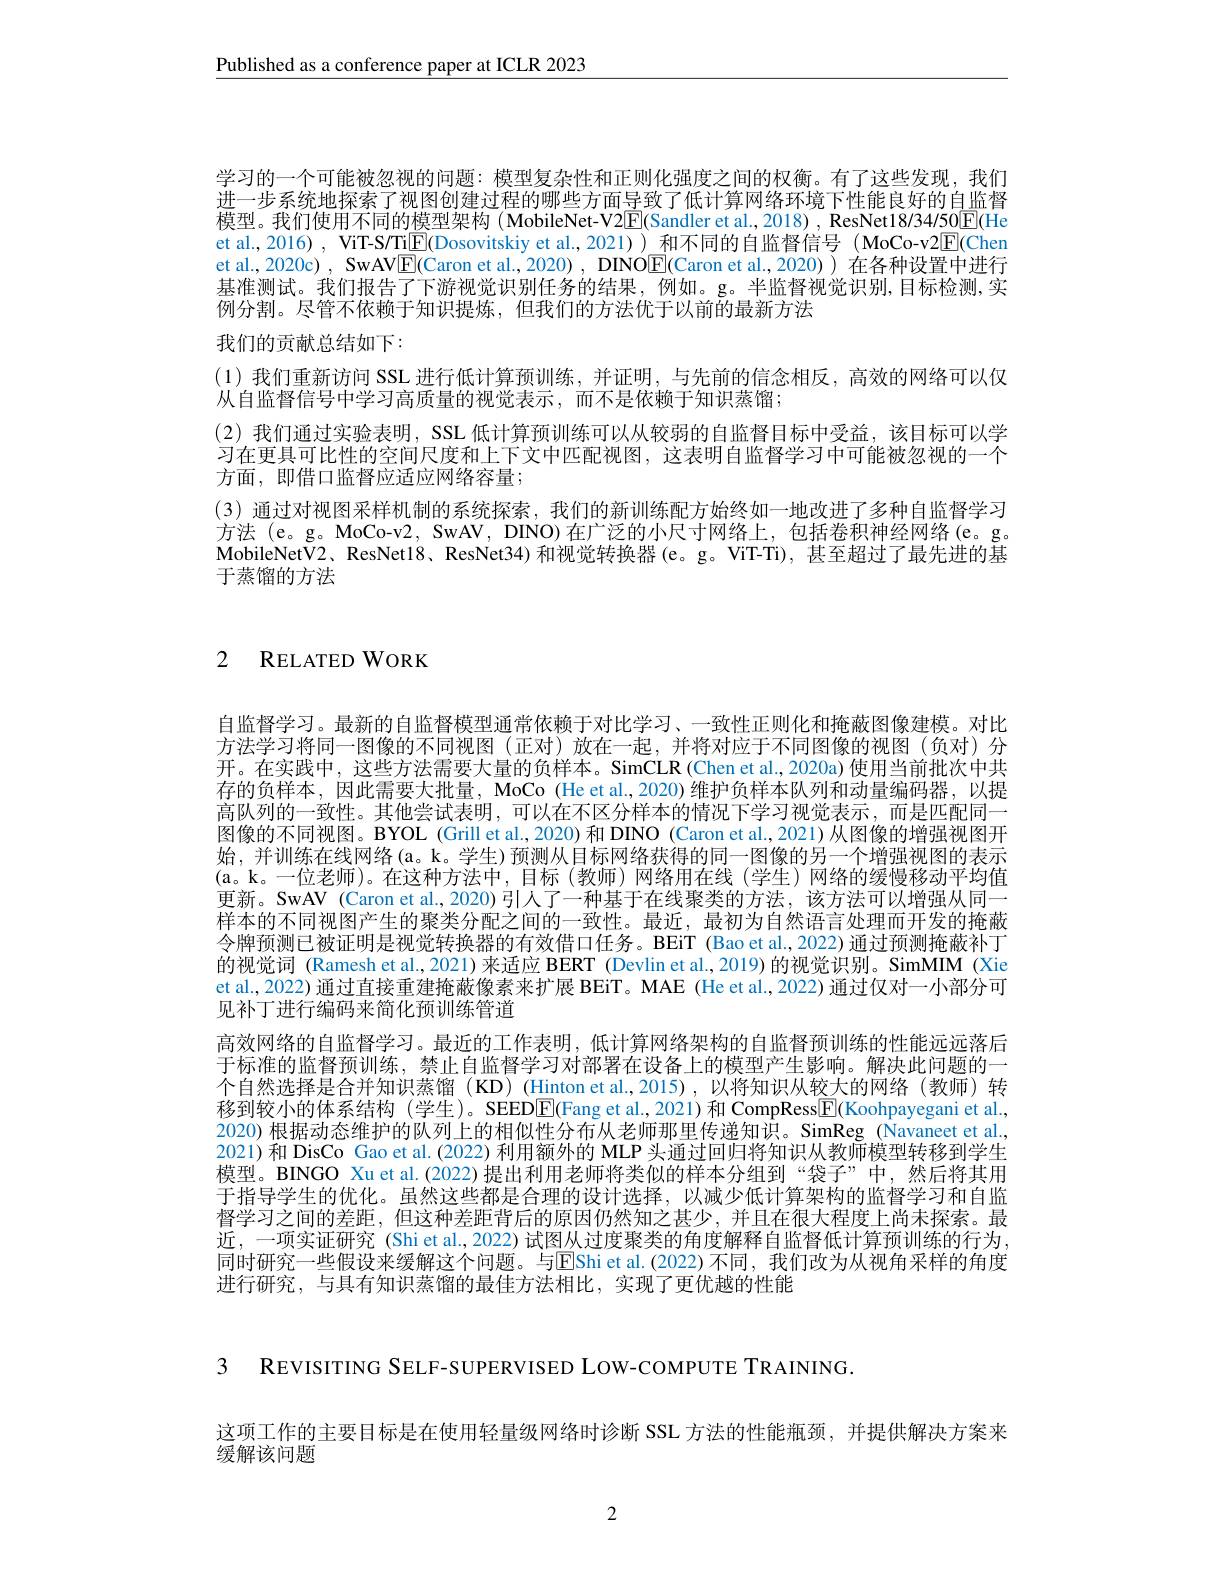
Published as a conference paper at ICLR 2023

学习的一个可能被忽视的问题：模型复杂性和正则化强度之间的权衡。有了这些发现，我们进一步系统地探索了视图创建过程的哪些方面导致了低计算网络环境下性能良好的自监督模型。我们使用不同的模型架构 (MobileNet-V2$\overline{\mathbb{E}}($Sandler et al, 2018) , ResNet18/34/50[E(He et al., 2016) , ViT-S/Ti$\underline{\mathrm{E}}($Dosovitskiy et al., 2021) ) 和不同的自监督信号 (MoCo-v2$\underline{\mathrm{E}}($Chen et al., 2020c) , SwAV$\boxed{\mathrm{E}}($Caron et al., 2020) , DINO$\boxed{\mathrm{E}}($Caron et al., 2020)) 在各种设置中进行基准测试。我们报告了下游视觉识别任务的结果，例如。g。半监督视觉识别，目标检测，实例分割。尽管不依赖于知识提炼，但我们的方法优于以前的最新方法

我们的贡献总结如下：
(1)我们重新访问 SSL 进行低计算预训练，并证明，与先前的信念相反，高效的网络可以仅
从自监督信号中学习高质量的视觉表示，而不是依赖于知识蒸馏；
(2)我们通过实验表明，SSL 低计算预训练可以从较弱的自监督目标中受益，该目标可以学习在更具可比性的空间尺度和上下文中匹配视图，这表明自监督学习中可能被忽视的一个方面，即借口监督应适应网络容量；
(3)通过对视图采样机制的系统探索，我们的新训练配方始终如一地改进了多种自监督学习方法 (e。g。MoCo-v2, SwAV, DINO)在广泛的小尺寸网络上，包括卷积神经网络(e。g。MobileNetV2、ResNet18、ResNet34)和视觉转换器(e。g。ViT-Ti), 甚至超过了最先进的基于蒸馏的方法

# 2 RELATEDWORK

自监督学习。最新的自监督模型通常依赖于对比学习、一致性正则化和掩蔽图像建模。对比方法学习将同一图像的不同视图(正对)放在一起，并将对应于不同图像的视图(负对)分开。在实践中，这些方法需要大量的负样本。SimCLR(Chen et al.,2020a)使用当前批次中共存的负样本，因此需要大批量，MoCo (He et al., 2020) 维护负样本队列和动量编码器，以提高队列的一致性。其他尝试表明，可以在不区分样本的情况下学习视觉表示，而是匹配同一图像的不同视图。BYOL (Grill et al.,2020) 和 DINO (Caron et al.,2021) 从图像的增强视图开始，并训练在线网络(a。k。学生)预测从目标网络获得的同一图像的另一个增强视图的表示(a。k。一位老师)。在这种方法中，目标(教师)网络用在线(学生)网络的缓慢移动平均值更新。SwAV (Caron et al.,2020)引人了一种基于在线聚类的方法，该方法可以增强从同一样本的不同视图产生的聚类分配之间的一致性。最近，最初为自然语言处理而开发的掩蔽令牌预测已被证明是视觉转换器的有效借口任务。BEiT (Bao et al.,2022) 通过预测掩蔽补丁的视觉词 (Ramesh et al.,2021)来适应 BERT (Devlin et al.,2019)的视觉识别。SimMIM (Xie et al., 2022) 通过直接重建掩蔽像素来扩展 BEiT。MAE (He et al., 2022) 通过仅对一小部分可见补丁进行编码来简化预训练管道
高效网络的自监督学习。最近的工作表明，低计算网络架构的自监督预训练的性能远远落后于标准的监督预训练，禁止自监督学习对部署在设备上的模型产生影响。解决此问题的一个自然选择是合并知识蒸馏(KD)(Hinton et al.,2015),以将知识从较大的网络(教师)转移到较小的体系结构(学生)。SEEDE(Fang et al.,2021)和 CompRess$\overline{\mathbb{E}}($Koohpayegani et al., 2020) 根据动态维护的队列上的相似性分布从老师那里传递知识。SimReg (Navaneet et al., 2021)和 DisCo Gao et al.(2022) 利用额外的 MLP 头通过回归将知识从教师模型转移到学生模型。BINGO Xu et al.(2022)提出利用老师将类似的样本分组到“袋子”中，然后将其用于指导学生的优化。虽然这些都是合理的设计选择，以减少低计算架构的监督学习和自监督学习之间的差距，但这种差距背后的原因仍然知之甚少，并且在很大程度上尚未探索。最近，一项实证研究 (Shiet al., 2022)试图从过度聚类的角度解释自监督低计算预训练的行为， 同时研究一些假设来缓解这个问题。与EShi et al.(2022)不同，我们改为从视角采样的角度进行研究，与具有知识蒸馏的最佳方法相比，实现了更优越的性能

3 REVISITING SELF-SUPERVISED LOW-COMPUTE TRAINING.

这项工作的主要目标是在使用轻量级网络时诊断 SSL 方法的性能瓶颈，并提供解决方案来

缓解该问题

2